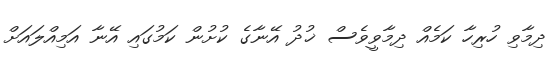
ދިމާވި ހުރިހާ ކަމެއް ދިމާވީވެސް ޚުދު އޭނާގެ ކުށުން ކަމުގައި އޭނާ އަމިއްލައަށް